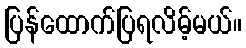
ပြန်ထောက်ပြရလိမ့်မယ်။